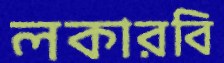
লকারবি